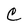
Character: C